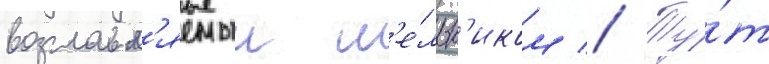
возглавл'яемыи м'е́льн'иком // Ту́т